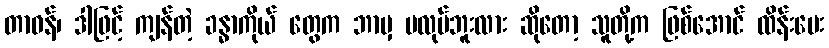
တာဝန်၊ ဒါဖြင့် ကျန်တဲ့ ခန္ဓာကိုယ် တွေက ဘာမှ မလုပ်ဘူးလား ဆိုတော့ သူတို့က ဖြစ်အောင် ထိန်းပေး